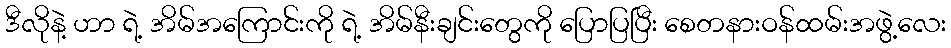
ဒီလိုနဲ့ ဟာ ရဲ့ အိမ်အကြောင်းကို ရဲ့ အိမ်နီးချင်းတွေကို ပြောပြပြီး စေတနားဝန်ထမ်းအဖွဲ့လေး